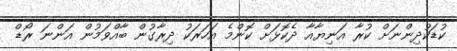
ކުޑަކުދިންނަށް ކުރާ އަނިޔާއާ ދެކޮޅަށް ކޮންމެ އަހަރަކު ދިރާގުން ބާއްވަމުން އަންނަ ރޯޑް